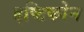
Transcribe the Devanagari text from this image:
द्दष्टिकोन